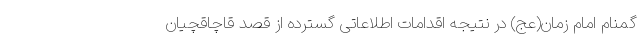
گمنام امام زمان(عج) در نتیجه اقدامات اطلاعاتی گسترده از قصد قاچاقچیان